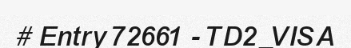
# Entry 72661 - TD2_VISA